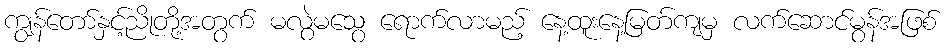
ကျွန်တော်နှင့်ညိုတို့အတွက် မလွဲမသွေ ရောက်လာမည့် နေ့ထူးနေ့မြတ်ကျမှ လက်ဆောင်မွန်အဖြစ်